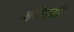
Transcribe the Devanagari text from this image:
मैकेजी